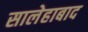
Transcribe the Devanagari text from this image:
सालेहाबाद